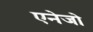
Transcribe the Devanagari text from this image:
एनेजो